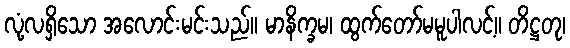
လုံ့လရှိသော အလောင်းမင်းသည်။ မာနိက္ခမ၊ ထွက်တော်မမူပါလင့်။ တိဋ္ဌတု၊